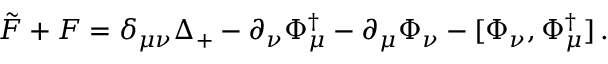
\tilde { F } + F = \delta _ { \mu \nu } \Delta _ { + } - \partial _ { \nu } \Phi _ { \mu } ^ { \dag } - \partial _ { \mu } \Phi _ { \nu } - [ \Phi _ { \nu } , \Phi _ { \mu } ^ { \dag } ] \, .